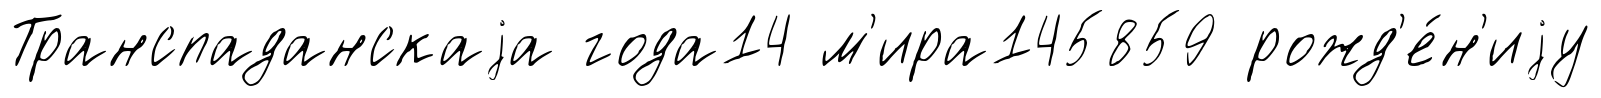
Транспаданскаjа года14 м'ира145859 рожд'е́н'иjу